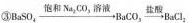
③$$B a S O _ { 4 } \xrightarrow{ 饱 和 N a _ { 2 } C O _ { 3 溶 液 } } { B a C O _ { 3 } \xrightarrow { 盐 酸 } B a c l _ { 2 }$$